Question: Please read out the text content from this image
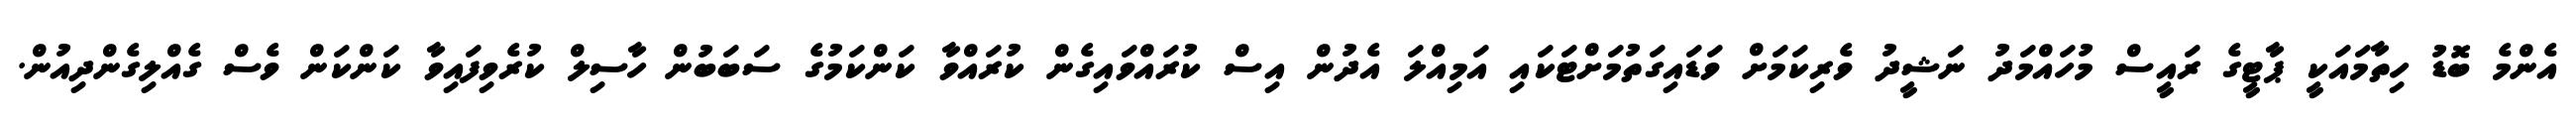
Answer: އެންމެ ބޮޑު ހިތާމައަކީ ޕާޓީގެ ރައީސް މުހައްމަދު ނަޝީދު ވެރިކަމަށް ވަޑައިގަތުމަށްޓަކައި އަމިއްލަ އެދުން އިސް ކުރައްވައިގެން ކުރައްވާ ކަންކަމުގެ ސަބަބުން ހާސިލް ކުރެވިފައިވާ ކަންކަން ވެސް ގެއްލިގެންދިއުން.